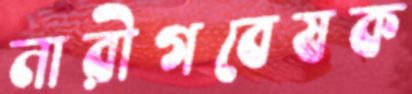
নারীগবেষক